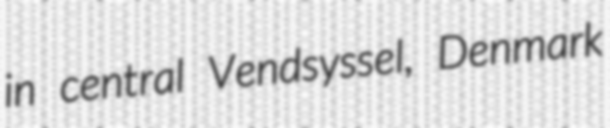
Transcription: in central Vendsyssel, Denmark